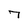
Character: 7